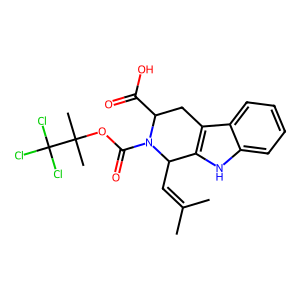
SMILES: CC(C)=CC1c2[nH]c3ccccc3c2CC(C(=O)O)N1C(=O)OC(C)(C)C(Cl)(Cl)Cl
Inhibits HIV replication: No